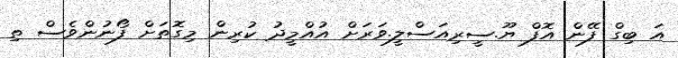
އަ ބިގް ފޭން އޮފް ޔޫ.ސީރިއަސްލީ.ވަރަށް އުއްމީދު ކުރިން މިގޮތަށް ފޯނުންވެސް ތި